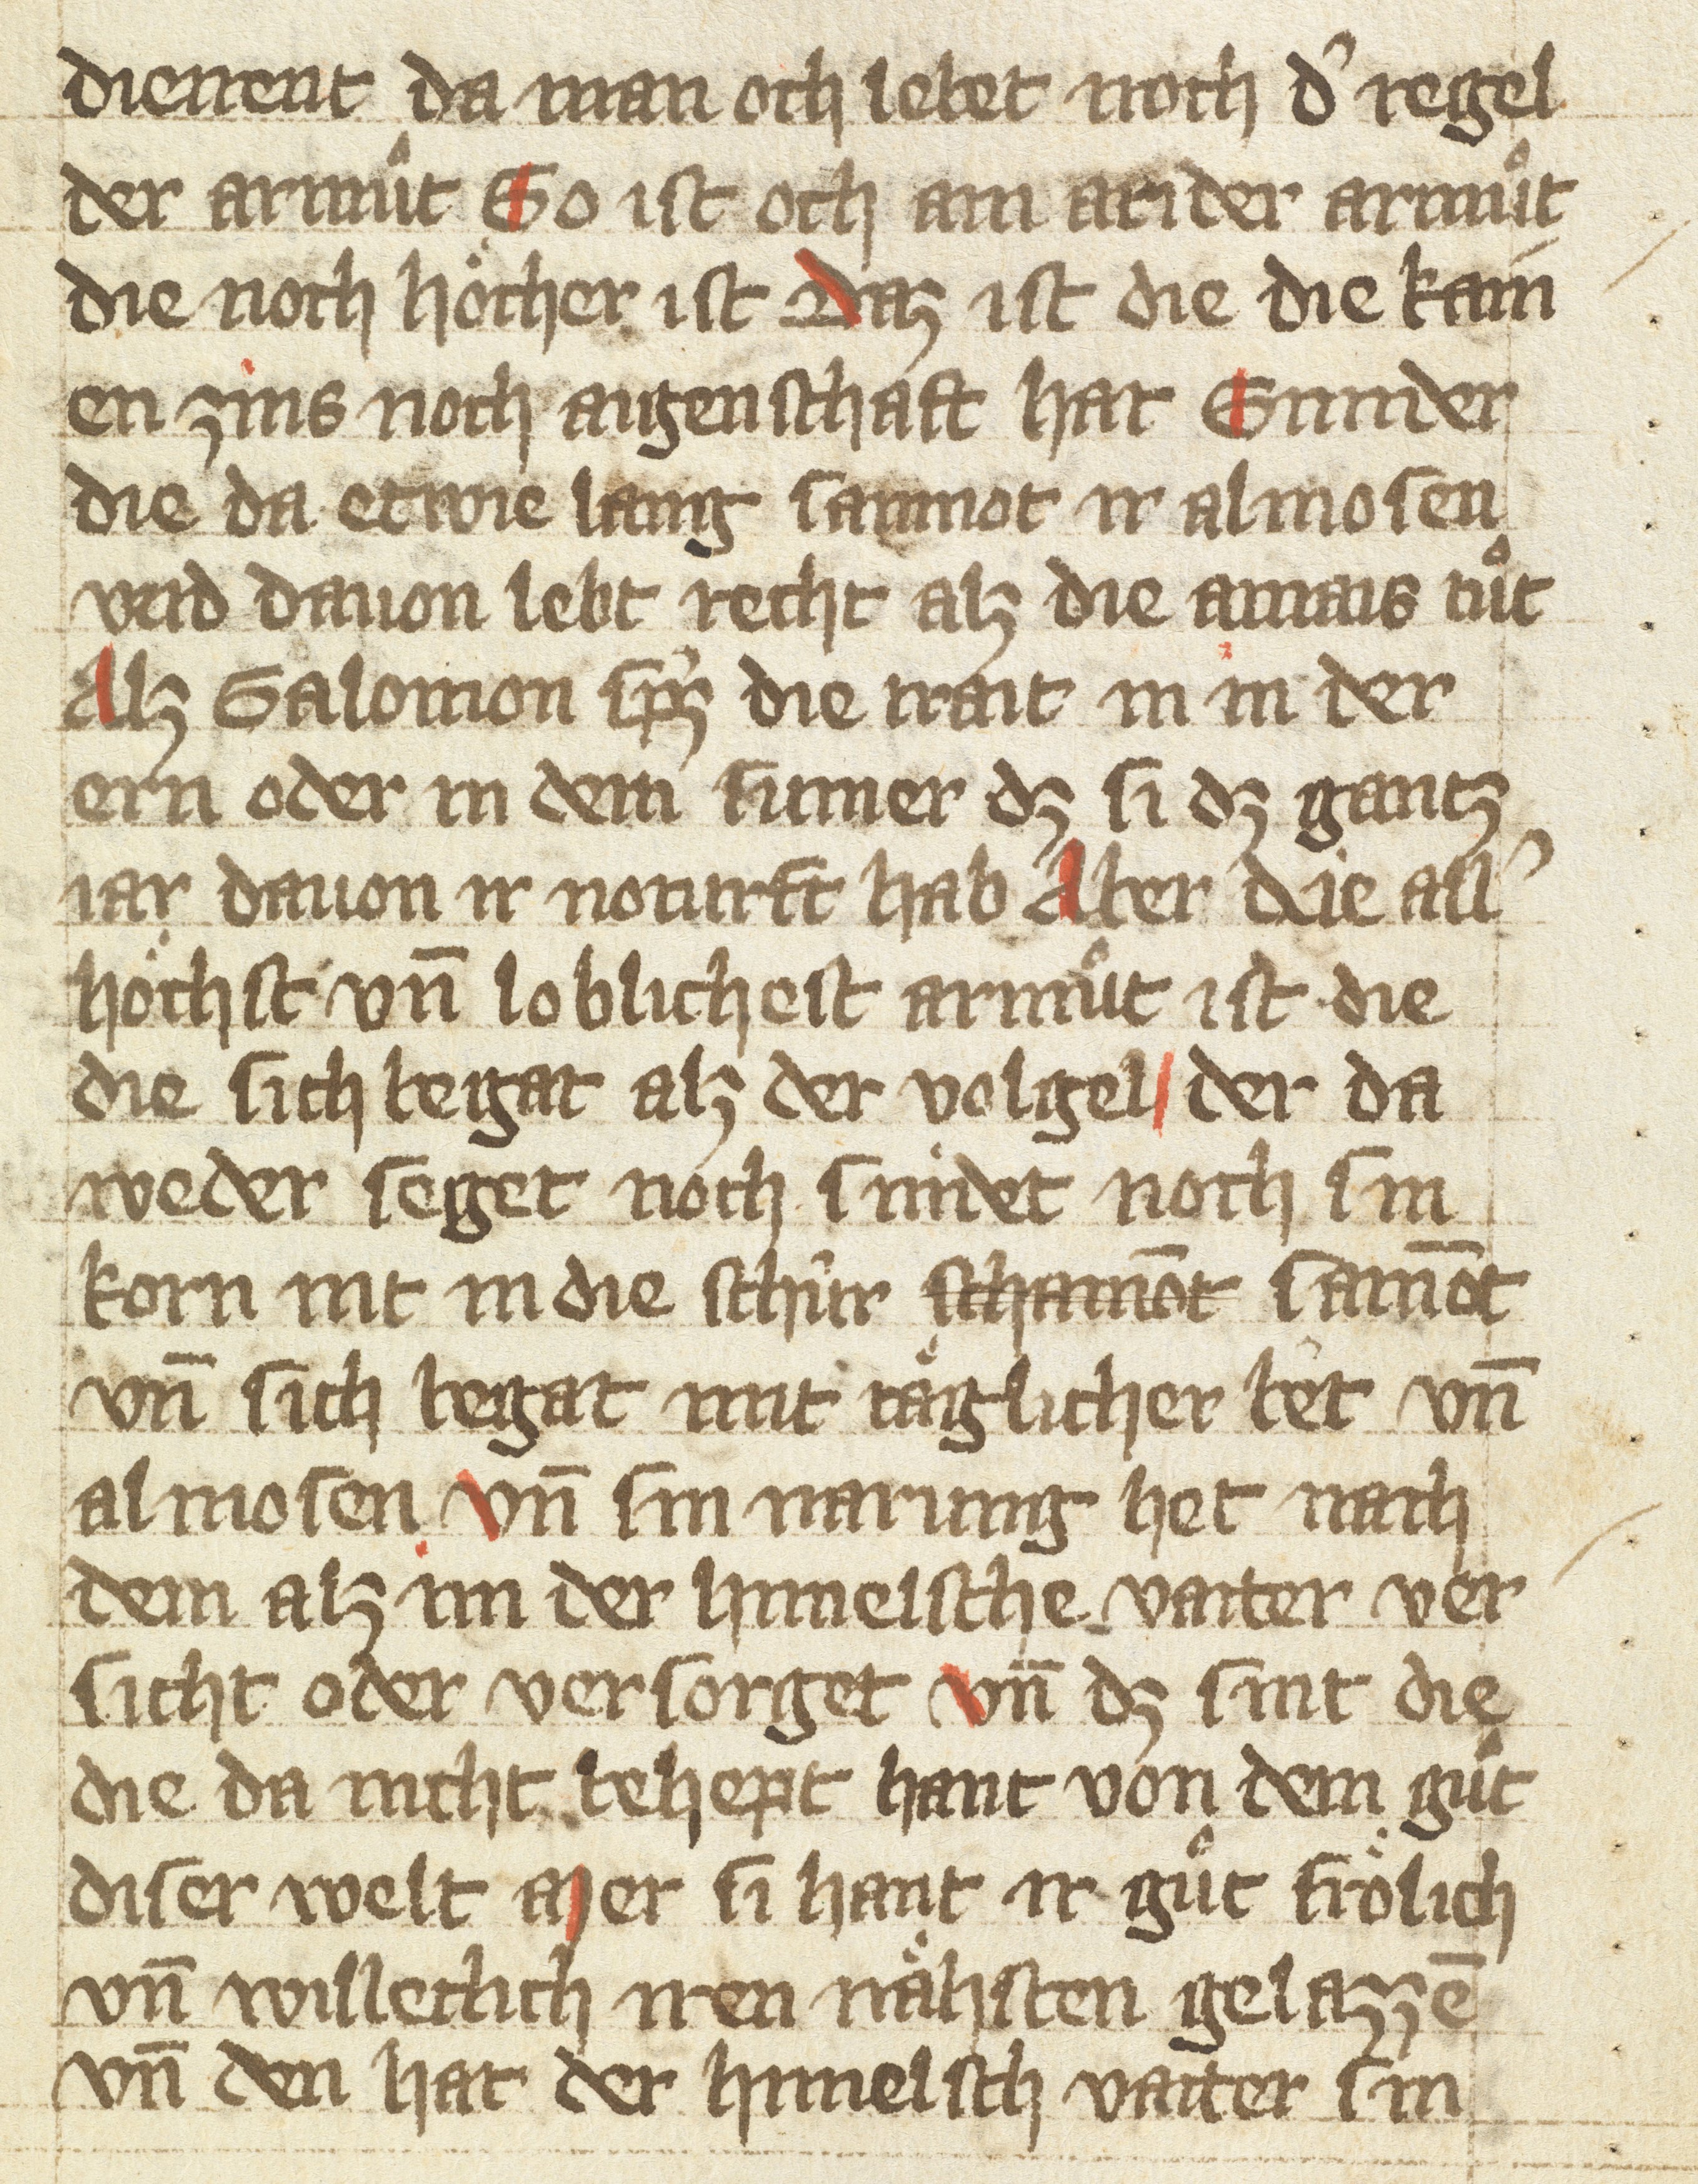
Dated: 1425–1425